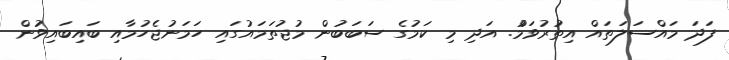
ފަދަ މައްސަލަތައް އިތުރުވަމުް. އަދި މި ކަމުގެ ސަބަބުން މުޖުތަމައުގައި ހަމަނުޖެހުމާއި ބައިބައިވުން